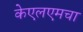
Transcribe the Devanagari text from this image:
केएलएमचा